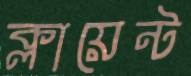
ক্লায়েন্ট